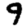
Digit: 9